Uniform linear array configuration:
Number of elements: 8
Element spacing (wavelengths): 0.25
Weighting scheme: exponential
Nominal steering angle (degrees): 15
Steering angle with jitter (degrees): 16.871
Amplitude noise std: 0.05
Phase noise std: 0.05

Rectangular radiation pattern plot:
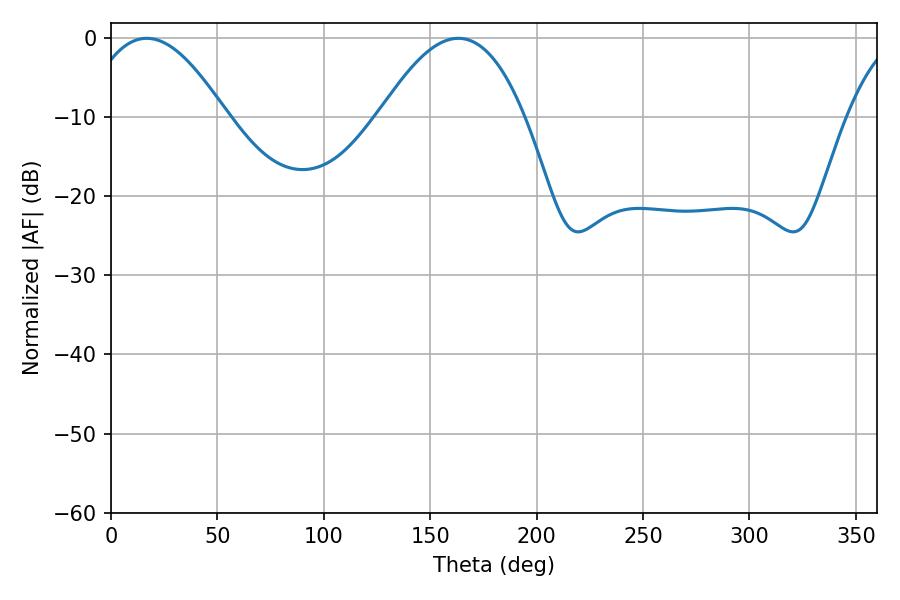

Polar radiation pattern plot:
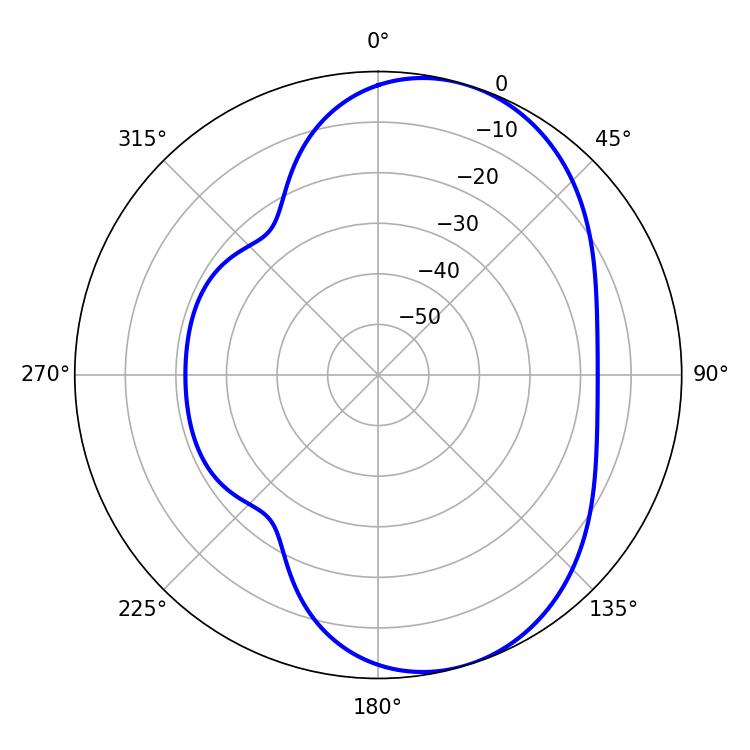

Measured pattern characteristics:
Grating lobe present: FALSE
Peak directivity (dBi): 6.433
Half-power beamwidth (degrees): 36.36
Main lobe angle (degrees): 16.74